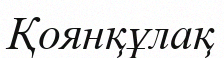
Қоянқұлақ